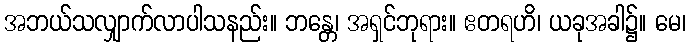
အဘယ်သလျှာက်လာပါသနည်း။ ဘန္တေ၊ အရှင်ဘုရား။ ဧတရဟိ၊ ယခုအခါ၌။ မေ၊